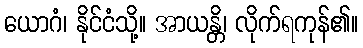
ယောဂံ၊ နိုင်ငံသို့။ အာယန္တိ၊ လိုက်ရကုန်၏။